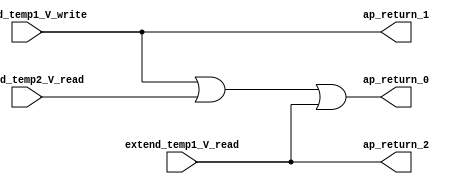
// ==============================================================
// RTL generated by Vivado(TM) HLS - High-Level Synthesis from C, C++ and SystemC
// Version: 2016.2
// Copyright (C) 1986-2016 Xilinx, Inc. All Rights Reserved.
// 
// ===========================================================

`timescale 1 ns / 1 ps 

module sp_extender (
        extend_temp1_V_read,
        extend_temp2_V_read,
        extend_temp1_V_write,
        ap_return_0,
        ap_return_1,
        ap_return_2
);


input  [121:0] extend_temp1_V_read;
input  [121:0] extend_temp2_V_read;
input  [121:0] extend_temp1_V_write;
output  [121:0] ap_return_0;
output  [121:0] ap_return_1;
output  [121:0] ap_return_2;

wire   [121:0] tmp_fu_44_p2;
wire   [121:0] r_V_fu_50_p2;

assign ap_return_0 = r_V_fu_50_p2;

assign ap_return_1 = extend_temp1_V_write;

assign ap_return_2 = extend_temp1_V_read;

assign r_V_fu_50_p2 = (tmp_fu_44_p2 | extend_temp1_V_read);

assign tmp_fu_44_p2 = (extend_temp1_V_write | extend_temp2_V_read);

endmodule //sp_extender